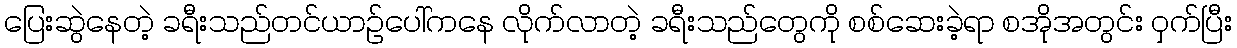
ပြေးဆွဲနေတဲ့ ခရီးသည်တင်ယာဉ်ပေါ်ကနေ လိုက်လာတဲ့ ခရီးသည်တွေကို စစ်ဆေးခဲ့ရာ စအိုအတွင်း ဝှက်ပြီး